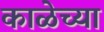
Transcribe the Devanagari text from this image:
काळेच्या